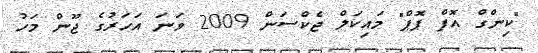
"ކިންގް އޮފް ޕޮޕް" މައިކަލް ޖެކްސަން 2009 ވަނަ އަހަރުގެ ޖޫން މަހު